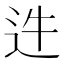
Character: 𨑴